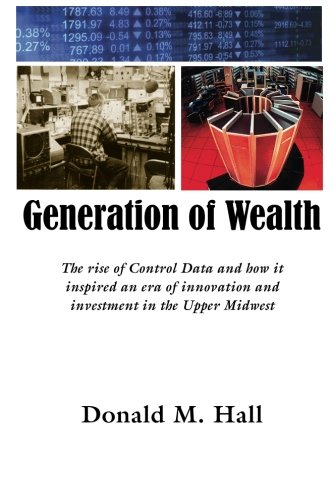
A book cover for Generation of Wealth: The rise of Control Data and how it inspired an era of innovation and investment in the Upper Midwest; Donald M. Hall; Computers & Technology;